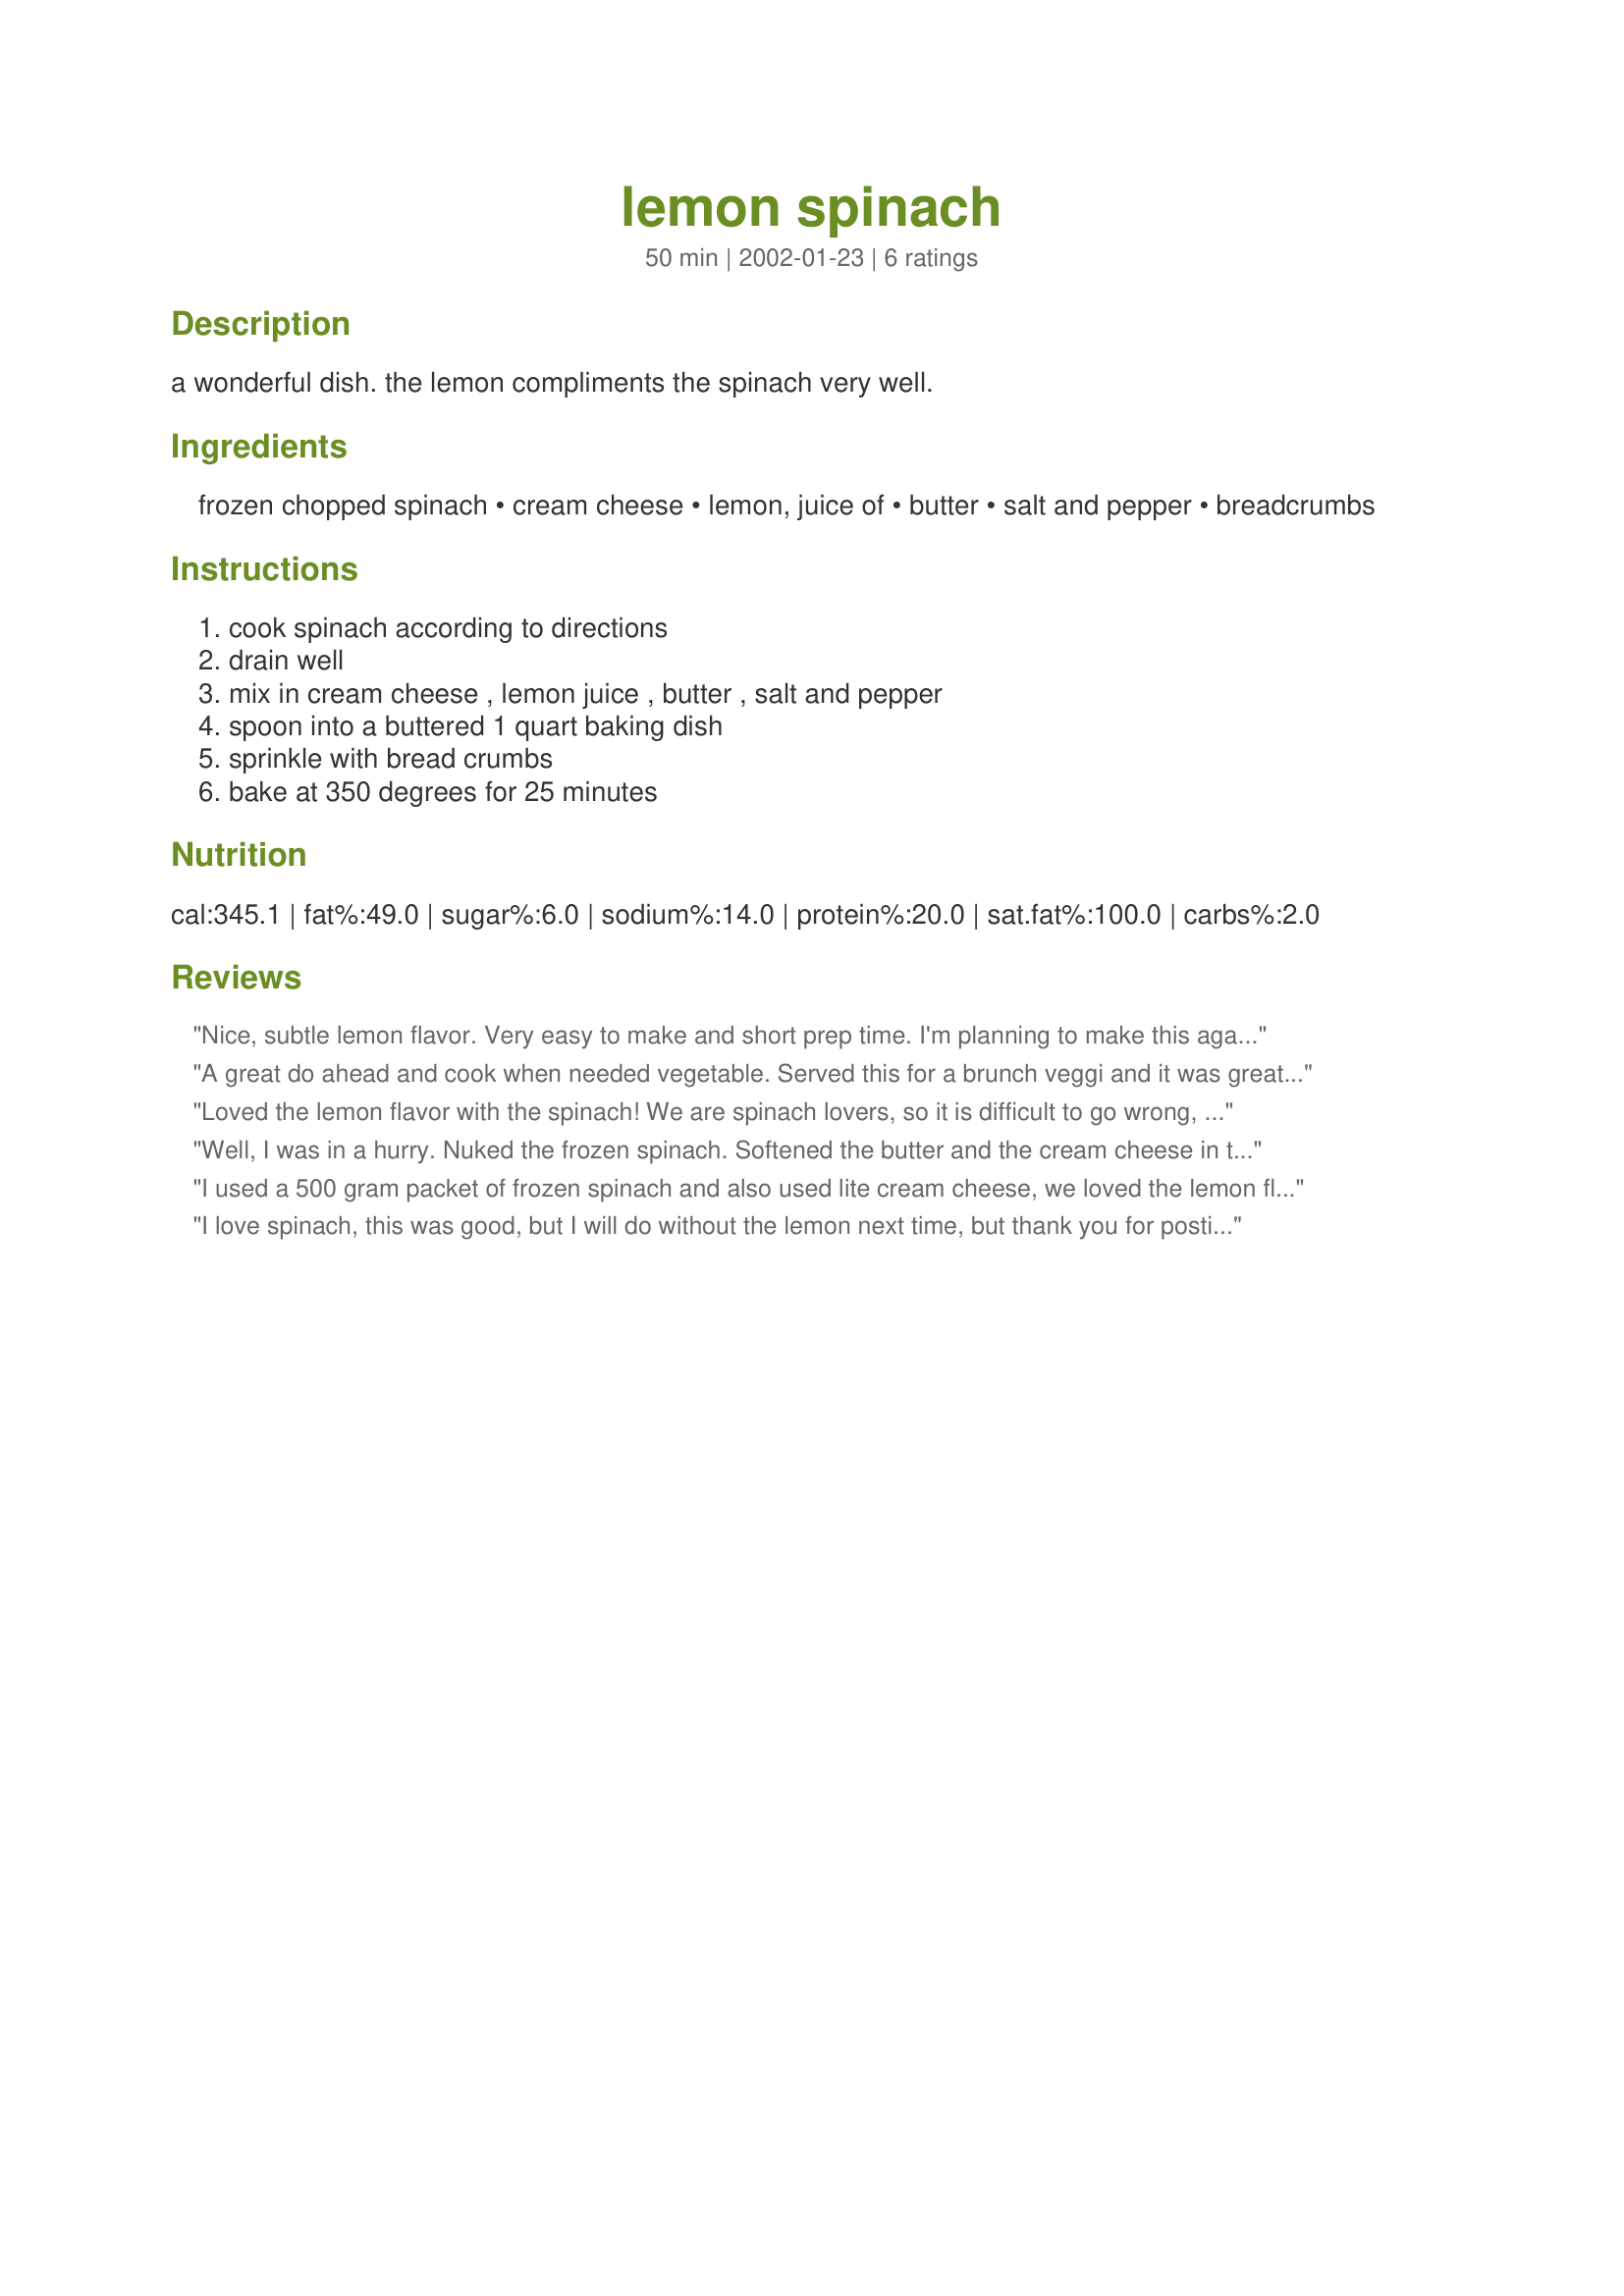
lemon spinach
Preparation time: 50 minutes

a wonderful dish. the lemon compliments the spinach very well.

Ingredients:
frozen chopped spinach, cream cheese, lemon, juice of, butter, salt and pepper, breadcrumbs

Steps:
cook spinach according to directions, drain well, mix in cream cheese , lemon juice , butter , salt and pepper, spoon into a buttered 1 quart baking dish, sprinkle with bread crumbs, bake at 350 degrees for 25 minutes

Reviews:
Nice, subtle lemon flavor. Very easy to make and short prep time. I'm planning to make this again at Thanksgiving.
A great do ahead and cook when needed vegetable. Served this for a brunch veggi and it was great. Thanks Miss Annie.
Loved the lemon flavor with the spinach! We are spinach lovers, so it is difficult to go wrong, but this recipe is a winner, Miss Annie! I started with fresh spinach which I steamed till tender. The rest of the recipe I followed your directions to the letter. Delicious! Thanks for the lovely recipe, Miss A!!
Well, I was in a hurry. Nuked the frozen spinach. Softened the butter and the cream cheese in the micro and stirred it all together. Used "real lemon" instead of fresh lemon. Mea culpa. And didn't bake it.

This was very good, even abused and short-cutted. I would like to try it baked but I will probably make spinach this way again.
I used a 500 gram packet of frozen spinach and also used lite cream cheese, we loved the lemon flavour and crispy topping.
I love spinach, this was good, but I will do without the lemon next time, but thank you for posting this. I would have never baked my cream spinach with breadcrumbs, The texture is wonderful.
